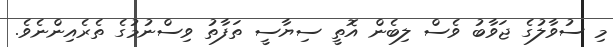
މި ސުވާލުގެ ޖަވާބު ވެސް ލިބެން އޮތީ ސިޔާސީ ތަފާތު ވިސްނުމުގެ ތެރެއިންނެވެ.